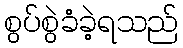
စွပ်စွဲခံခဲ့ရသည်